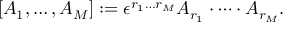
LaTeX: [ A _ { 1 } , \dots , A _ { M } ] : = \epsilon ^ { r _ { 1 } \dots r _ { M } } A _ { r _ { 1 } } \cdot \dots \cdot A _ { r _ { M } } .